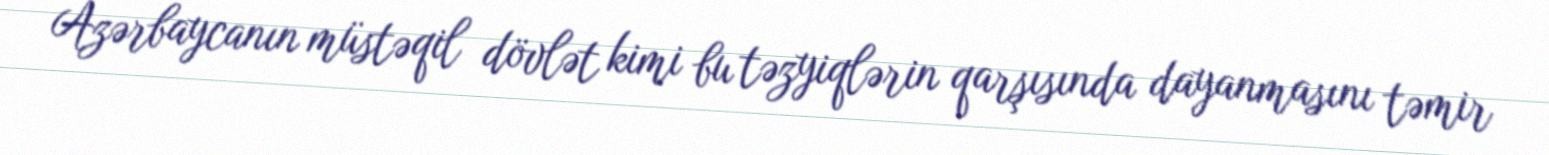
Azərbaycanın müstəqil dövlət kimi bu təzyiqlərin qarşısında dayanmasını təmir